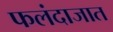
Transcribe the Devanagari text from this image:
फलंदाजात